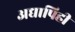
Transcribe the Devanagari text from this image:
अद्यापिही